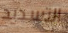
التسديد